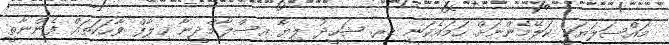
މައްސަލަޔަކީ ކަލޭމެންނަށް ހަމައެކަނި ޑރ. ޝަހީދު ލިޔާ އިސްލާމްދީނާ ޚިލާފް ވާހަކަތައް ފެންނާތީ